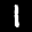
Label: 1